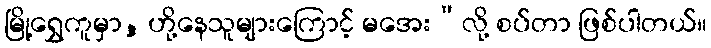
မြို့ရွှေကူမှာ, ဟို့နေသူများကြောင့် မအေး”လို့ စပ်တာ ဖြစ်ပါတယ်။